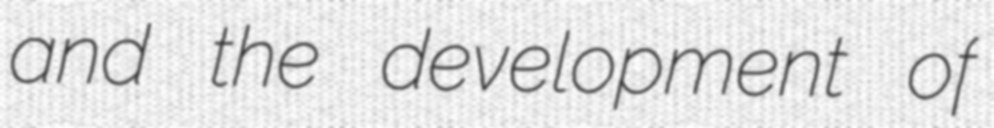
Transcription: and the development of